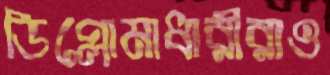
ডিপ্লোমাধারীরাও